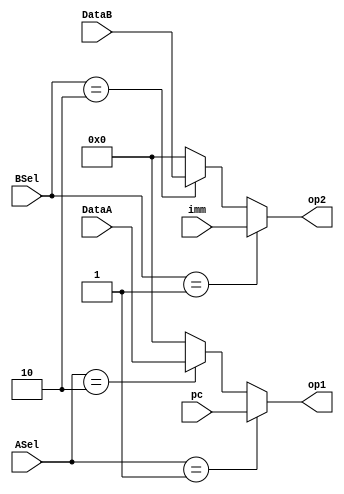
module ALU_Sel (
    input [31:0] imm, pc, DataA, DataB,
    // input ASel, BSel,
    input [1:0] ASel, BSel,
    output [31:0] op1, op2
);
    localparam other_sel = 2'b01;
    localparam data_sel = 2'b10;
    localparam no_sel = 2'b00;
    assign op2 = (BSel == other_sel) ? imm :
                 (BSel == data_sel) ? DataB : 32'b0;
    assign op1 = (ASel == other_sel) ? pc :
                 (ASel == data_sel) ? DataA : 32'b0;
endmodule